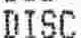
DISC